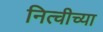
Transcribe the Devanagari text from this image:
नित्चीच्या